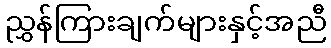
ညွှန်ကြားချက်များနှင့်အညီ